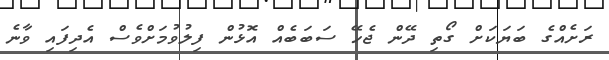
ރަށެއްގެ ބަޔަކަށް ގޯތި ދޭން ޖެހޭ ސަބަބެއް އޮޅުން ފިލުވުމަށްވެސް އެދިފައި ވާނެ